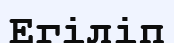
Егіліп